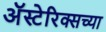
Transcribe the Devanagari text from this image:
अॅस्टेरिक्सच्या